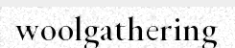
woolgathering